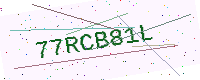
Text: 77RCB81L